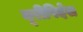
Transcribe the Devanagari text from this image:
यूरीपिदेस